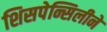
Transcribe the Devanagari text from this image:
शिसपेन्सिलीने